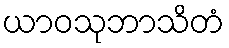
ယာဝသုဘာသိတံ